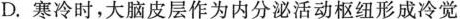
D.寒冷时，大脑皮层作为内分泌活动枢纽形成冷觉